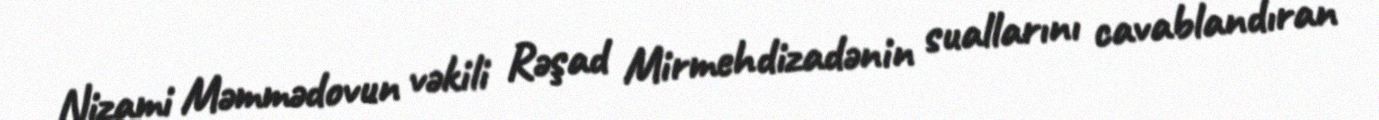
Nizami Məmmədovun vəkili Rəşad Mirmehdizadənin suallarını cavablandıran